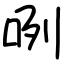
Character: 咧